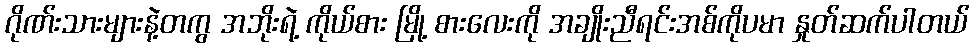
ဂိုဏ်းသားများနဲ့တကွ အဘိုးရဲ့ ကိုယ်စား မြို့ စားလေးကို အချိုးညီရင်းအစ်ကိုပမာ နှုတ်ဆက်ပါတယ်